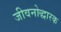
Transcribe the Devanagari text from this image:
जीवनोद्धारक